Report on lock hospitals in British Burma
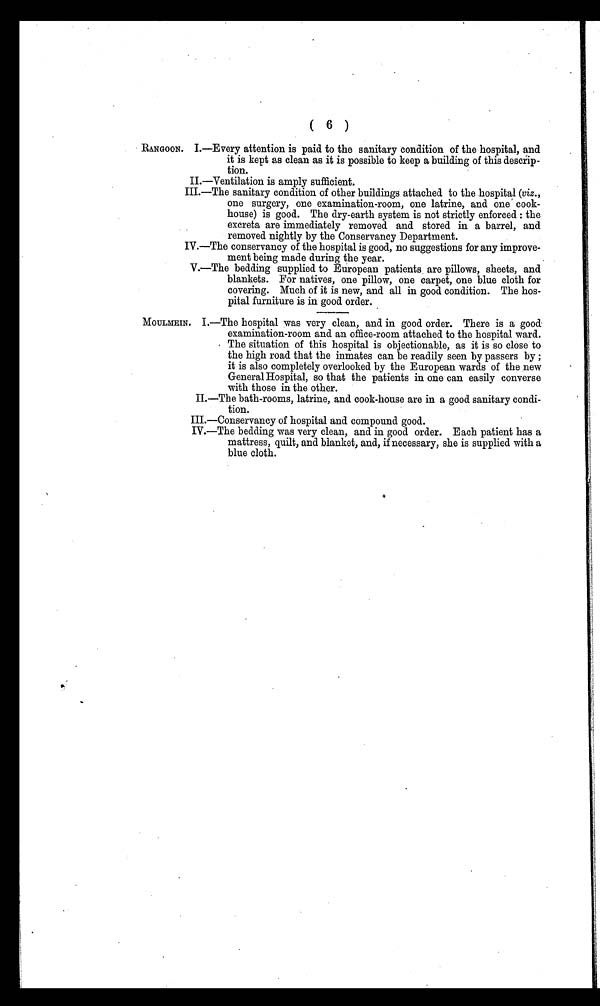
( 6 )
RANGOON. I.—Every attention is paid to the sanitary condition of the hospital, and
it is kept as clean as it is possible to keep a building of this descrip-
tion.
II.—Ventilation is amply sufficient.
III.—The sanitary condition of other buildings attached to the hospital (viz.,
one surgery, one examination-room, one latrine, and one cook-
house) is good. The dry-earth system is not strictly enforced : the
excreta are immediately removed and stored in a barrel, and
removed nightly by the Conservancy Department.
IV.—The conservancy of the hospital is good, no suggestions for any improve-
ment being made during the year.
V.—The bedding supplied to European patients are pillows, sheets, and
blankets. For natives, one pillow, one carpet, one blue cloth for
covering. Much of it is new, and all in good condition. The hos-
pital furniture is in good order.
MOULMEIN. I.—The hospital was very clean, and in good order. There is a good.
examination-room and an office-room attached to the hospital ward.
The situation of this hospital is objectionable, as it is so close to
the high road that the inmates can be readily seen by passers by ;
it is also completely overlooked by the European wards of the new
General Hospital, so that the patients in one can easily converse
with those in the other.
II.—The bath-rooms, latrine, and cook-house are in a good sanitary condi-
tion.
III.—Conservancy of hospital and compound good.
IV.—The bedding was very clean, and in good order. Each patient has a
mattress, quilt, and blanket, and, if necessary, she is supplied with a
blue cloth.